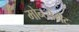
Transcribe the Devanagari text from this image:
मोन्त्सेर्राट